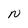
Character: N